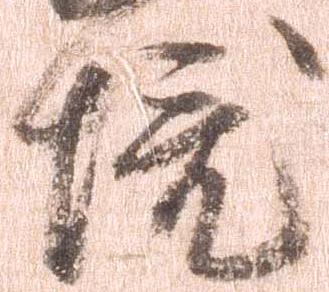
境